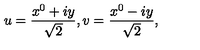
u = { \frac { x ^ { 0 } + i y } { \sqrt { 2 } } } , v = { \frac { x ^ { 0 } - i y } { \sqrt { 2 } } } ,